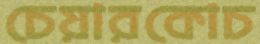
চেয়ারকোচ